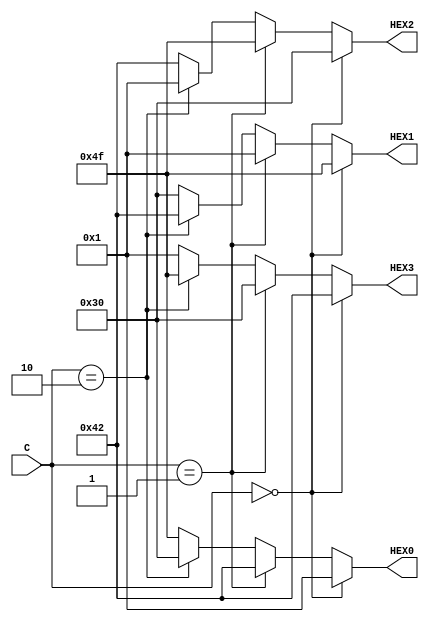
// implements a 7-segment decoder for d, E, 1 and 0
module char_7seg (C, HEX0, HEX1, HEX2, HEX3);
input [1:0] C; // input code
output wire [0:6] HEX0, HEX1, HEX2, HEX3; // output 7-seg code

reg [0:6] segment0, segment1, segment2, segment3;

assign HEX0 = segment0;
assign HEX1 = segment1;
assign HEX2 = segment2;
assign HEX3 = segment3;

always@(C) begin
	if(C == 2'b00) begin
		//display: dE10
		segment0 = 7'b0000001;
		segment1 = 7'b1001111;
		segment2 = 7'b0110000;
		segment3 = 7'b1000010;
	end
	else if(C == 2'b01) begin
		//display; E10d
		segment0 = 7'b1000010;
		segment1 = 7'b0000001;
		segment2 = 7'b1001111;
		segment3 = 7'b0110000;
	end
	else if(C == 2'b10) begin
		//display: 10dE
		segment0 = 7'b0110000;
		segment1 = 7'b1000010;
		segment2 = 7'b0000001;
		segment3 = 7'b1001111;
	end
	else begin
		//display: 0dE1
		segment0 = 7'b1001111;
		segment1 = 7'b0110000;
		segment2 = 7'b1000010;
		segment3 = 7'b0000001;
	end
end


endmodule